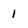
Character: 1